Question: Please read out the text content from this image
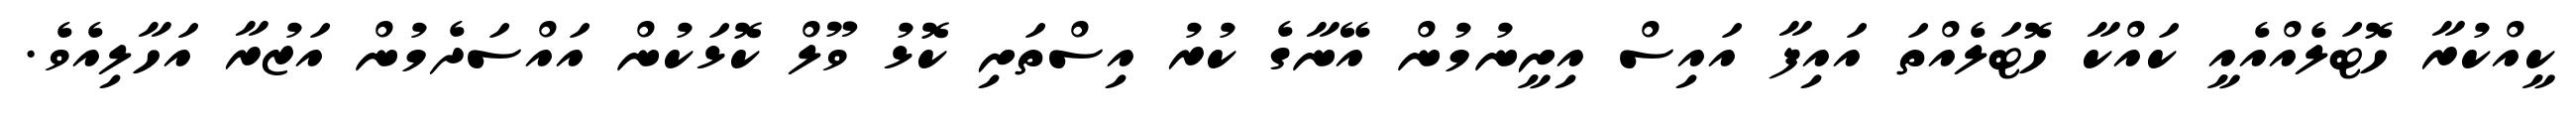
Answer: ކީއްކުރާ ހޮޓަލެއްއެއީ ކައްކާ ހޮޓަލެއްތަ އައިފާ އައިސް އިށީނުމުން އޭނާގެ ކުރު އިސްތަށި ކޮޅު ވޫލް ކޮޅަކުން އައްސަދެމުން އަޒުރާ އަހާލިއެވެ.